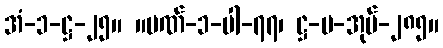
အံ-၁-ဋ္ဌ-၂၅။ ။ပဏ်-၁-ပါ-၇၇၊ ဋ္ဌ-ပ-အုပ်-၂၈၅။